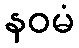
နဝမံ